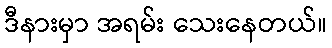
ဒီနားမှာ အရမ်း သေးနေတယ်။